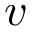
\boldsymbol { v }